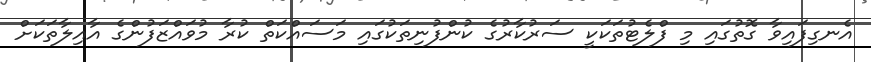
އެނގިފައިވާ ގޮތުގައި މި ފްލެޓުތަކަކީ ސަރުކާރުގެ ކުންފުނިތަކުގައި މަސައްކަތް ކުރާ މުވައްޒަފުންގެ އާއިލާތަކަށް